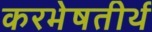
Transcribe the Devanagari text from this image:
करभेषतीर्थ